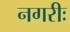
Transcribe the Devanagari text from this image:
नगरीः